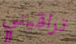
تراقبني